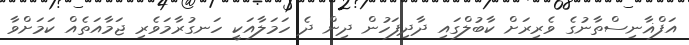
އަފްޣާނިސްތާނުގެ ވެރިރަށް ކާބުލްގައި ދާދިފަހުން ދިން ދެ ހަމަލާއަކީ ހަނގުރާމަވެރި ޖަމާއަތެއް ކަމަށްވާ